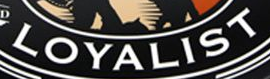
LOYALIST